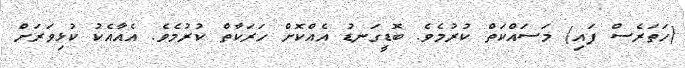
(ހަތަރެސް ފައި) މަސައްކަތް ކުރުމެވެ. ބޮޑީގަނޑު އެއްކޮށް ހަރަކާތް ކުރުމެވެ. އެއާއެކު ކުޅިވަރަށް